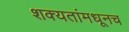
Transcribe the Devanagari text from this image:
शक्यतांमधूनच